Report of the Indian Hemp Drugs Commission, 1894-1895 - Volume VIII
Year: 1894
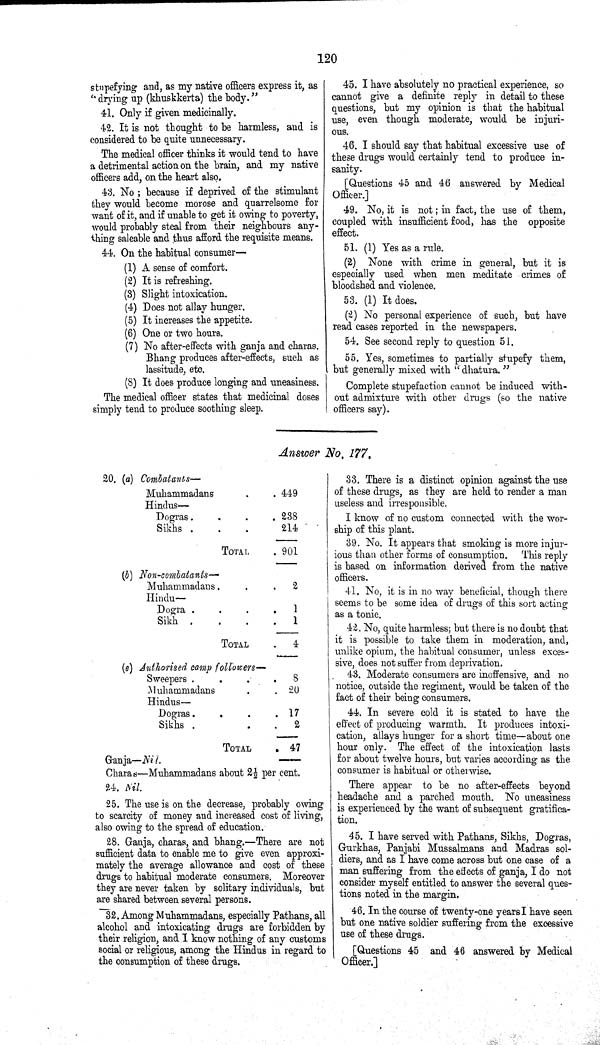
120
stupefying and, as my native officers express it, as
"drying up (khuskkerta) the body."
41. Only if given medicinally.
42. It is not thought to be harmless, and is
considered to be quite unnecessary.
The medical officer thinks it would tend to have
a detrimental action on the brain, and my native
officers add, on the heart also.
43. No; because if deprived of the stimulant
they would become morose and quarrelsome for
want of it, and if unable to get it owing to poverty,
would probably steal from their neighbours any¬
thing saleable and thus afford the requisite means.
44. On the habitual consumer—
(1) A sense of comfort.
(2) It is refreshing.
(3) Slight intoxication.
(4) Does not allay hunger.
(5) It increases the appetite.
(6) One or two hours.
(7) No after-effects with ganja and charas.
Bhang produces after-effects, such as
lassitude, etc.
(8) It does produce longing and uneasiness.
The medical officer states that medicinal doses
simply tend to produce soothing sleep.
45. I have absolutely no practical experience, so
cannot give a definite reply in detail to these
questions, but my opinion is that the habitual
use, even though moderate, would be injuri¬
ous.
46. I should say that habitual excessive use of
these drugs would certainly tend to produce in¬
sanity.
[Questions 45 and 46 answered by Medical
Officer.]
49. No, it is not; in fact, the use of them,
coupled with insufficient food, has the opposite
effect.
51. (1) Yes as a rule.
(2) None with crime in general, but it is
especially used when men meditate crimes of
bloodshed and violence.
53. (1) It does.
(2) No personal experience of such, but have
read cases reported in the newspapers.
54. See second reply to question. 51.
55. Yes. sometimes to partially stupefy them,
but generally mixed with "dhatura."
Complete stupefaction cannot be induced with¬
out admixture with other drugs (so the native
officers say).
Answer No. 177.
20. (a) Combatants—
Muhammadans
449
Hindus—
Dogras
238
Sikhs
214
TOTAL
901
(b) Non-combatants—
Muhammadans
2
Hindu—
Dogra
1
Sikh
1
TOTAL
4
(e) Authorised camp followers—
Sweepers
8
Muhammadans
20
Hindus—
Dogras
17
Sikhs
2
TOTAL
47
Ganja—Nil.
Charas—Muhammadans about 21/2 per cent.
24. Nil.
25. The use is on the decrease, probably owing
to scarcity of money and increased cost of living,
also owing to the spread of education.
28. Ganja, charas, and bhang.—There are not
sufficient data to enable me to give even approxi¬
mately the average allowance and cost of these
drugs to habitual moderate consumers. Moreover
they are never taken by solitary individuals, but
are shared between several persons.
32. Among Muhammadans, especially Pathans, all
alcohol and intoxicating drugs are forbidden by
their religion, and I know nothing of any customs
social or religious, among the Hindus in regard to
the consumption of these drugs.
33. There is a distinct opinion against the use
of these drugs, as they are held to render a man
useless and irresponsible.
I know of no custom connected with the wor¬
ship of this plant.
39. No. It appears that smoking is more injur¬
ious than other forms of consumption. This reply
is based on information derived from the native
officers.
41. No, it is in no way beneficial, though there
seems to be some idea of drugs of this sort acting
as a tonic.
42. No, quite harmless; but there is no doubt that
it is possible to take them in moderation, and,
unlike opium, the habitual consumer, unless exces¬
sive, does not suffer from deprivation.
43. Moderate consumers are inoffensive, and no
notice, outside the regiment, would be taken of the
fact of their being consumers.
44. In severe cold it is stated to have the
effect of producing warmth. It produces intoxi¬
cation, allays hunger for a short time—about one
hour only. The effect of the intoxication lasts
for about twelve hours, but varies according as the
consumer is habitual or otherwise.
There appear to be no after-effects beyond
headache and a parched mouth. No uneasiness
is experienced by the want of subsequent gratifica¬
tion.
45. I have served with Pathans, Sikhs, Dogras,
Gurkhas, Panjabi Mussalmans and Madras sol¬
diers, and as I have come across but one case of a
man suffering from the effects of ganja, I do not
consider myself entitled to answer the several ques¬
tions noted in the margin.
46. In the course of twenty-one years I have seen
but one native soldier suffering from the excessive
use of these drugs.
[Questions 45 and 46 answered by Medical
Officer.]